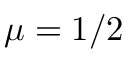
\mu = 1 / 2